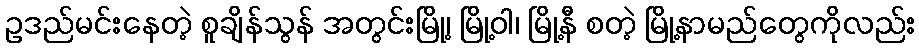
ဥဒည်မင်းနေတဲ့ စူချိန်သွန် အတွင်းမြို့၊ မြို့ဝါ၊ မြို့နီ စတဲ့ မြို့နာမည်တွေကိုလည်း